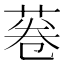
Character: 菤